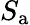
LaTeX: S_{\mathrm{a}}